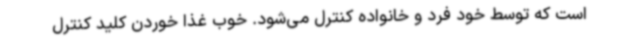
است که توسط خود فرد و خانواده کنترل می‌شود. خوب غذا خوردن کلید کنترل